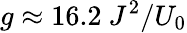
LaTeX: g\approx 16.2\ J^{2}/U_{0}